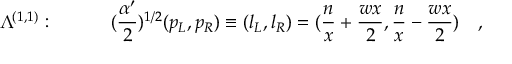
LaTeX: \Lambda ^ { ( 1 , 1 ) } : \quad \quad \quad ( { \frac { \alpha ^ { \prime } } { 2 } } ) ^ { 1 / 2 } ( p _ { L } , p _ { R } ) \equiv ( l _ { L } , l _ { R } ) = ( { \frac { n } { x } } + { \frac { w x } { 2 } } , { \frac { n } { x } } - { \frac { w x } { 2 } } ) \quad ,